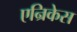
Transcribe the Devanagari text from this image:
एन्रिकेस